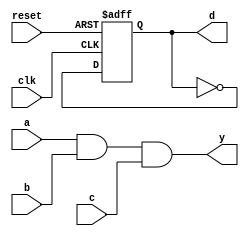
module example_design (
    input wire clk,         // Clock input
    input wire reset,       // Active high reset input
    input wire a, b, c,    // Input signals for combinational logic
    output reg y,          // Output signal for combinational logic
    output reg d           // Output signal for sequential logic
);

// Combinational Logic using always @*
always @* begin
    // Example combinational logic: y is the AND of a, b, and c
    y = a & b & c;
end

// Sequential Logic using always @ (posedge clk)
always @(posedge clk or posedge reset) begin
    if (reset) begin
        // Reset the output signal d to 0
        d <= 1'b0;
    end else begin
        // Example sequential logic: Toggle d on each clock edge
        d <= ~d;
    end
end

endmodule